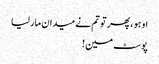
او ہو ، پھر تو تم نے میدان مار لیا
پوسٹ مین !